Indian journal of veterinary science and animal husbandry - Volumes 28-29, 1958-1959
Year: 1958
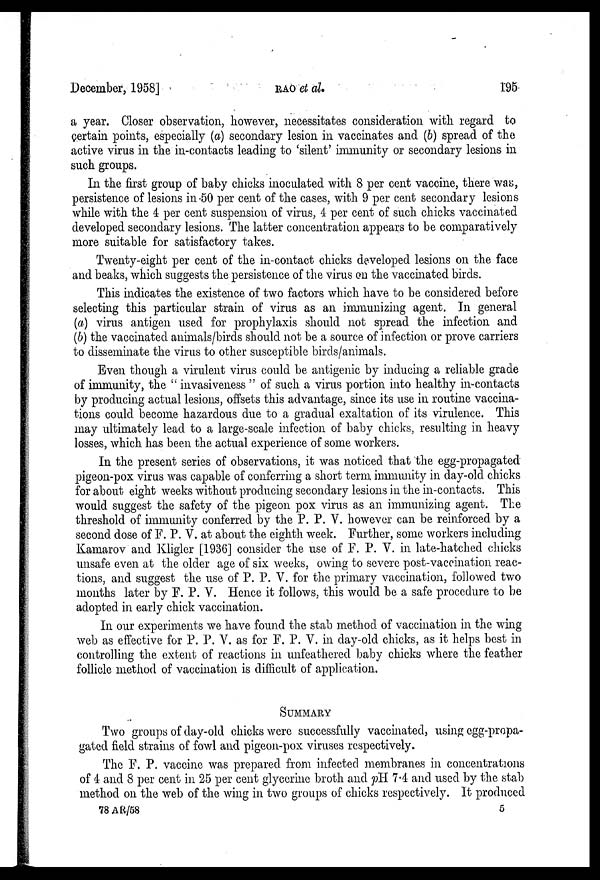
December, 1958]
RAO
el
al.
195
a year. Closer observation, however, necessitates consideration with regard to
certain points, especially (a) secondary lesion in vaccinates and (b) spread of the
active virus in the in-contacts leading to 'silent' immunity or secondary lesions in
such groups.
In the first group of baby chicks inoculated with 8 per cent vaccine, there was,
persistence of lesions in 50 per cent of the cases, with 9 per cent secondary lesions
while with the 4 per cent suspension of virus, 4 per cent of such chicks vaccinated
developed secondary lesions. The latter concentration appears to be comparatively
more suitable for satisfactory takes.
Twenty-eight per cent of the in-contact chicks developed lesions on the face
and beaks, which suggests the persistence of the virus on the vaccinated birds.
This indicates the existence of two factors which have to be considered before
selecting this particular strain of virus as an immunizing agent. In general
(a) virus antigen used for prophylaxis should not spread the infection and
(b) the vaccinated animals/birds should not be a source of infection or prove carriers
to disseminate the virus to other susceptible birds/animals.
Even though a virulent virus could be antigenic by inducing a reliable grade
of immunity, the " invasiveness " of such a virus portion into healthy in-contacts
by producing actual lesions, offsets this advantage, since its use in routine vaccina-
tions could become hazardous due to a gradual exaltation of its virulence. This
may ultimately lead to a large-scale infection of baby chicks, resulting in heavy
losses, which has been the actual experience of some workers.
In the present series of observations, it was noticed that the egg-propagated
pigeon-pox virus was capable of conferring a short term immunity in day-old chicks
for about eight weeks without producing secondary lesions in the in-contacts. This
would suggest the safety of the pigeon pox virus as an immunizing agent. The
threshold of immunity conferred by the P. P. V. however can be reinforced by a
second dose of F. P. V. at about the eighth week. Further, some workers including
Kamarov and Kligler [1936] consider the use of F. P. V. in late-hatched chicks
unsafe even at the older age of six weeks, owing to severe post-vaccination reac-
tions, and suggest the use of P. P. V. for the primary vaccination, followed two
months later by F. P. V. Hence it follows, this would be a safe procedure to be
adopted in early chick vaccination.
In our experiments we have found the stab method of vaccination in the wing
web as effective for P. P. V. as for F. P. V. in day-old chicks, as it helps best in
controlling the extent of reactions in unfeathered baby chicks where the feather
follicle method of vaccination is difficult of application.
SUMMARY
Two groups of day-old chicks were successfully vaccinated, using egg-propa-
gated field strains of fowl and pigeon-pox viruses respectively.
The F. P. vaccine was prepared from infected membranes in concentrations
of 4 and 8 per cent in 25 per cent glycerine broth and pH 7.4 and used by the stab
method on the web of the wing in two groups of chicks respectively. It produced
78 AR/58
5